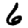
Digit: 6